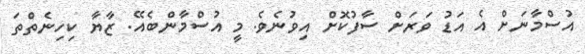
އުސްމާނަށް އެ އަޑު ވަރަށް ސާފުކޮށް އިވުނެވެ. މީ އުސްމާންބެއޭ. ޒާޔާ ކިހިނެތްތަ